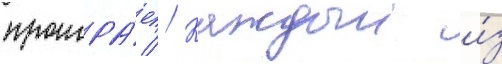
проигра́ет // Каждыи и́з